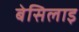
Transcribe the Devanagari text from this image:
बेसिलाइ